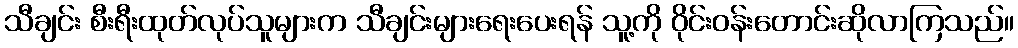
သီချင်း စီးရီးထုတ်လုပ်သူများက သီချင်းများရေးပေးရန် သူ့ကို ဝိုင်းဝန်းတောင်းဆိုလာကြသည်။